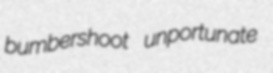
bumbershoot unportunate